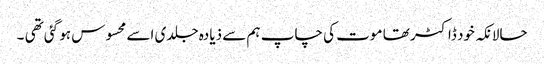
حالانکہ خود ڈاکٹر تھا موت کی چاپ ہم سے ذیادہ جلدی اسے محسوس ہو گئی تھی ۔